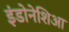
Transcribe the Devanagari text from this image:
इंडोनेशिआ